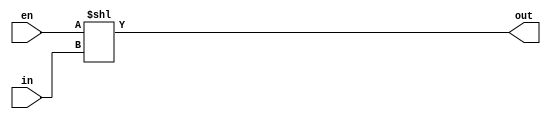
module decoder(out, in, en);
    output[31:0] out;
    input[4:0] in;
    input en;

    assign out = en << in;

endmodule